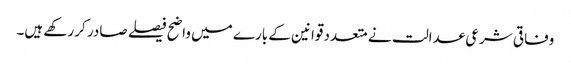
وفاقی شرعی عدالت نے متعدد قوانین کے بارے میں واضح فیصلے صادر کر رکھے ہیں۔